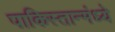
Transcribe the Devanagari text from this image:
पाकिस्तान्मंध्ये